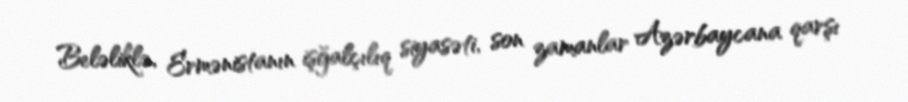
Beləliklə, Ermənistanın işğalçılıq siyasəti, son zamanlar Azərbaycana qarşı